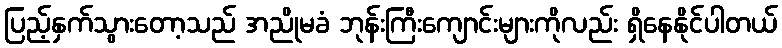
ပြည့်နှက်သွားတော့သည် အညိုမခံ ဘုန်းကြီးကျောင်းများကိုလည်း ရှိနေနိုင်ပါတယ်